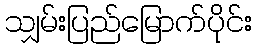
သျှမ်းပြည်မြောက်ပိုင်း